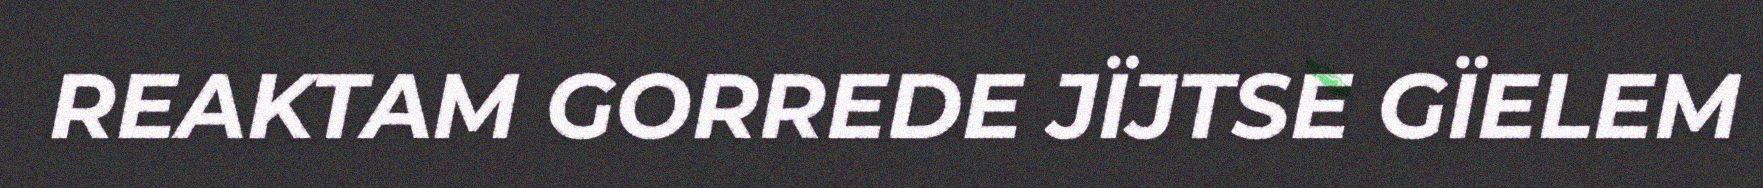
REAKTAM GORREDE JÏJTSE GÏELEM